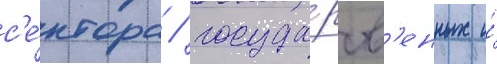
с'е́ктора / госуда́рств'енных и́